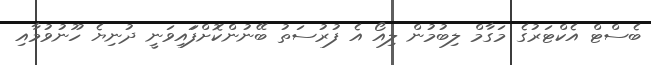
ބެސްޓް އެކްޓަރުގެ މަގާމް ލިބުމުން ލިއޯ އެ ފުރުސަތު ބޭނުންކޮށްފަައިވަނީ ދުނިޔެ ހޫނުވުމާއި